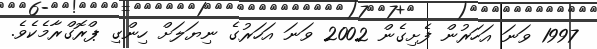
1997 ވަނަ އަހަރުން ފެށިގެން 2002 ވަނަ އަހަރުގެ ނިޔަލަށް ހިންގި ޕްރޮގްރާމެކެވެ.